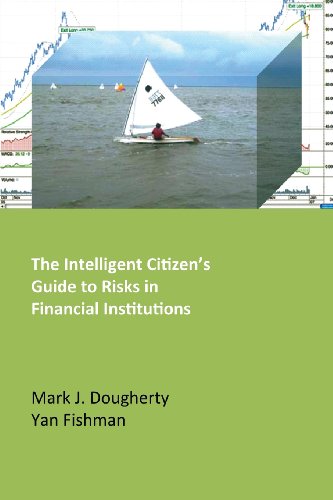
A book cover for The Intelligent Citizen's Guide to Risks in Financial Institutions; Mark J. Dougherty; Business & Money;